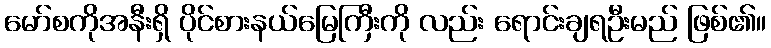
မော်စကိုအနီးရှိ ပိုင်စားနယ်မြေကြီးကို လည်း ရောင်းချရဦးမည် ဖြစ်၏။